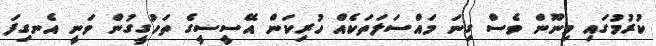
ކުރުމުގައި މިނޫން ވެސް ގިނަ މައްސަލަތަކެއް ހުރިކަން އޭސީސީގެ ތަހުގީގުން ވަނީ އެނގިފަ